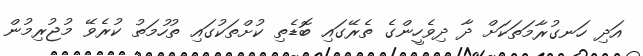
އަދި ހަނގުރާމަތަކަށް ދާ ދިވެހީންގެ ތެރޭގައި ބޮޑެތި ކުށްތަކުގައި ތުހުމަތު ކުރެވޭ މުޖުރިމުން